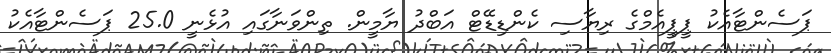
ޕަސެންޓާއެކު ޕީޕީއެމްގެ ރިޔާސި ކެންޑިޑޭޓް އަބްދު ޔާމީން. ތިންވަނާގައި އުޅެނީ 25.0 ޕަސެންޓާއެކު